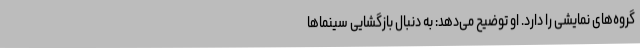
گروه‌های نمایشی را دارد. او توضیح می‌دهد: به دنبال بازگشایی سینماها